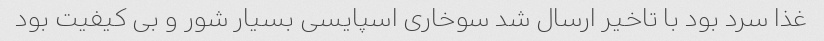
غذا سرد بود با تاخیر ارسال شد سوخاری اسپایسی بسیار شور و بی کیفیت بود